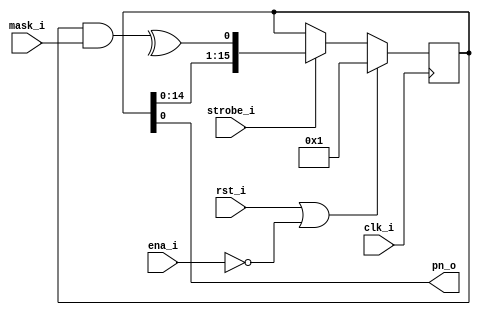
module lfsr(clk_i,rst_i,ena_i,strobe_i,mask_i,pn_o);
   parameter width = 16;

   input clk_i;
   input rst_i;
   input ena_i;
   input strobe_i;
   input [width-1:0] mask_i;
   
   output pn_o;

   reg  [width-1:0] shifter;

   wire parity = ^(shifter & mask_i);
   
   always @(posedge clk_i)
     if (rst_i | ~ena_i)
       shifter <= #5 1;
     else
       if (strobe_i)
	 shifter <= #5 {shifter[width-2:0],parity};

   assign pn_o = shifter[0];
   
endmodule